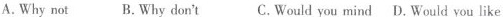
A.Why not B.Why don't C.Would you mind D. Would you like